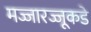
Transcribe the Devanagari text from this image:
मज्जारज्जूकडे